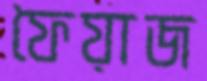
ফৈয়াজ